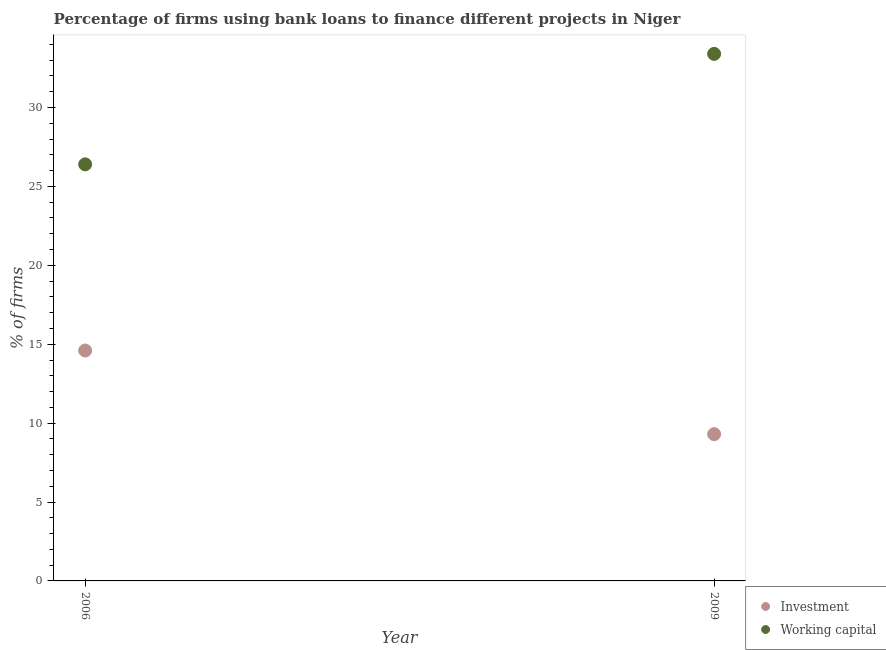
| Year | Investment | Working capital |
 | --- | --- | --- |
 | 2006 | 14.6 | 26.4 |
 | 2009 | 9.3 | 33.4 |